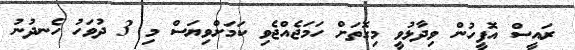
ރައީސް އޮފީހުން ވިދާޅުވީ މިގޮތަށް ހަމަޖެއްޖެވި ކަމަށްވިޔަސް މި 3 ދުވަހު ހެނދުނު